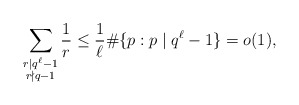
\begin{align*}\sum_{\substack{r \mid q^{\ell} - 1 \\ r \nmid q-1}} \frac{1}{r} \leq \frac{1}{\ell} \#\{ p : p \mid q^\ell - 1\} = o(1),\end{align*}